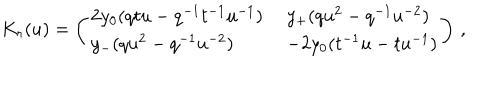
LaTeX: K _ { r } ( u ) = \left( \begin{array} { l l } { { 2 y _ { 0 } ( q t u - q ^ { - 1 } t ^ { - 1 } u ^ { - 1 } ) \; } } & { { y _ { + } ( q u ^ { 2 } - q ^ { - 1 } u ^ { - 2 } ) } } \\ { { y _ { - } ( q u ^ { 2 } - q ^ { - 1 } u ^ { - 2 } ) \; } } & { { - 2 y _ { 0 } ( t ^ { - 1 } u - t u ^ { - 1 } ) } } \\ \end{array} \right) \, ,